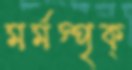
মর্মস্পৃক্‌